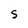
Character: S